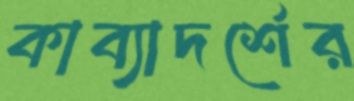
কাব্যাদর্শের